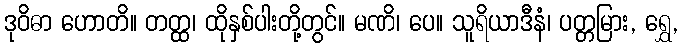
ဒုဝိဓာ ဟောတိ။ တတ္ထ၊ ထိုနှစ်ပါးတို့တွင်။ မဏိ၊ ပေ။ သူရိယာဒီနံ၊ ပတ္တမြား, ရွှေ,